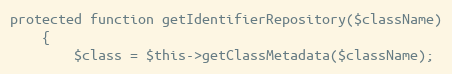
Language: PHP
protected function getIdentifierRepository($className)
    {
        $class = $this->getClassMetadata($className);